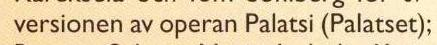
versionen av operan Palatsi (Palatset);